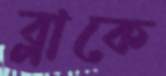
ব্লাকে